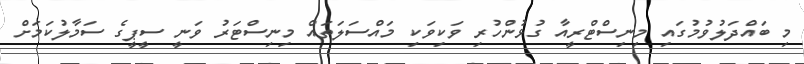
މި ބައްދަލުވުމުގައި މިނިސްޓްރީއާ ގުޅުންހުރި ވަކިވަކި މައްސަލަތައް މިނިސްޓަރު ވަނީ ސީޕީގެ ސަމާލުކަމަށް